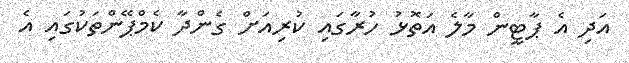
އަދި އެ ޕާޓީން މާލެ އަތޮޅު ހުރާގައި ކުރިއަށް ގެންދާ ކެމްޕޭންތަކުގައި އެ